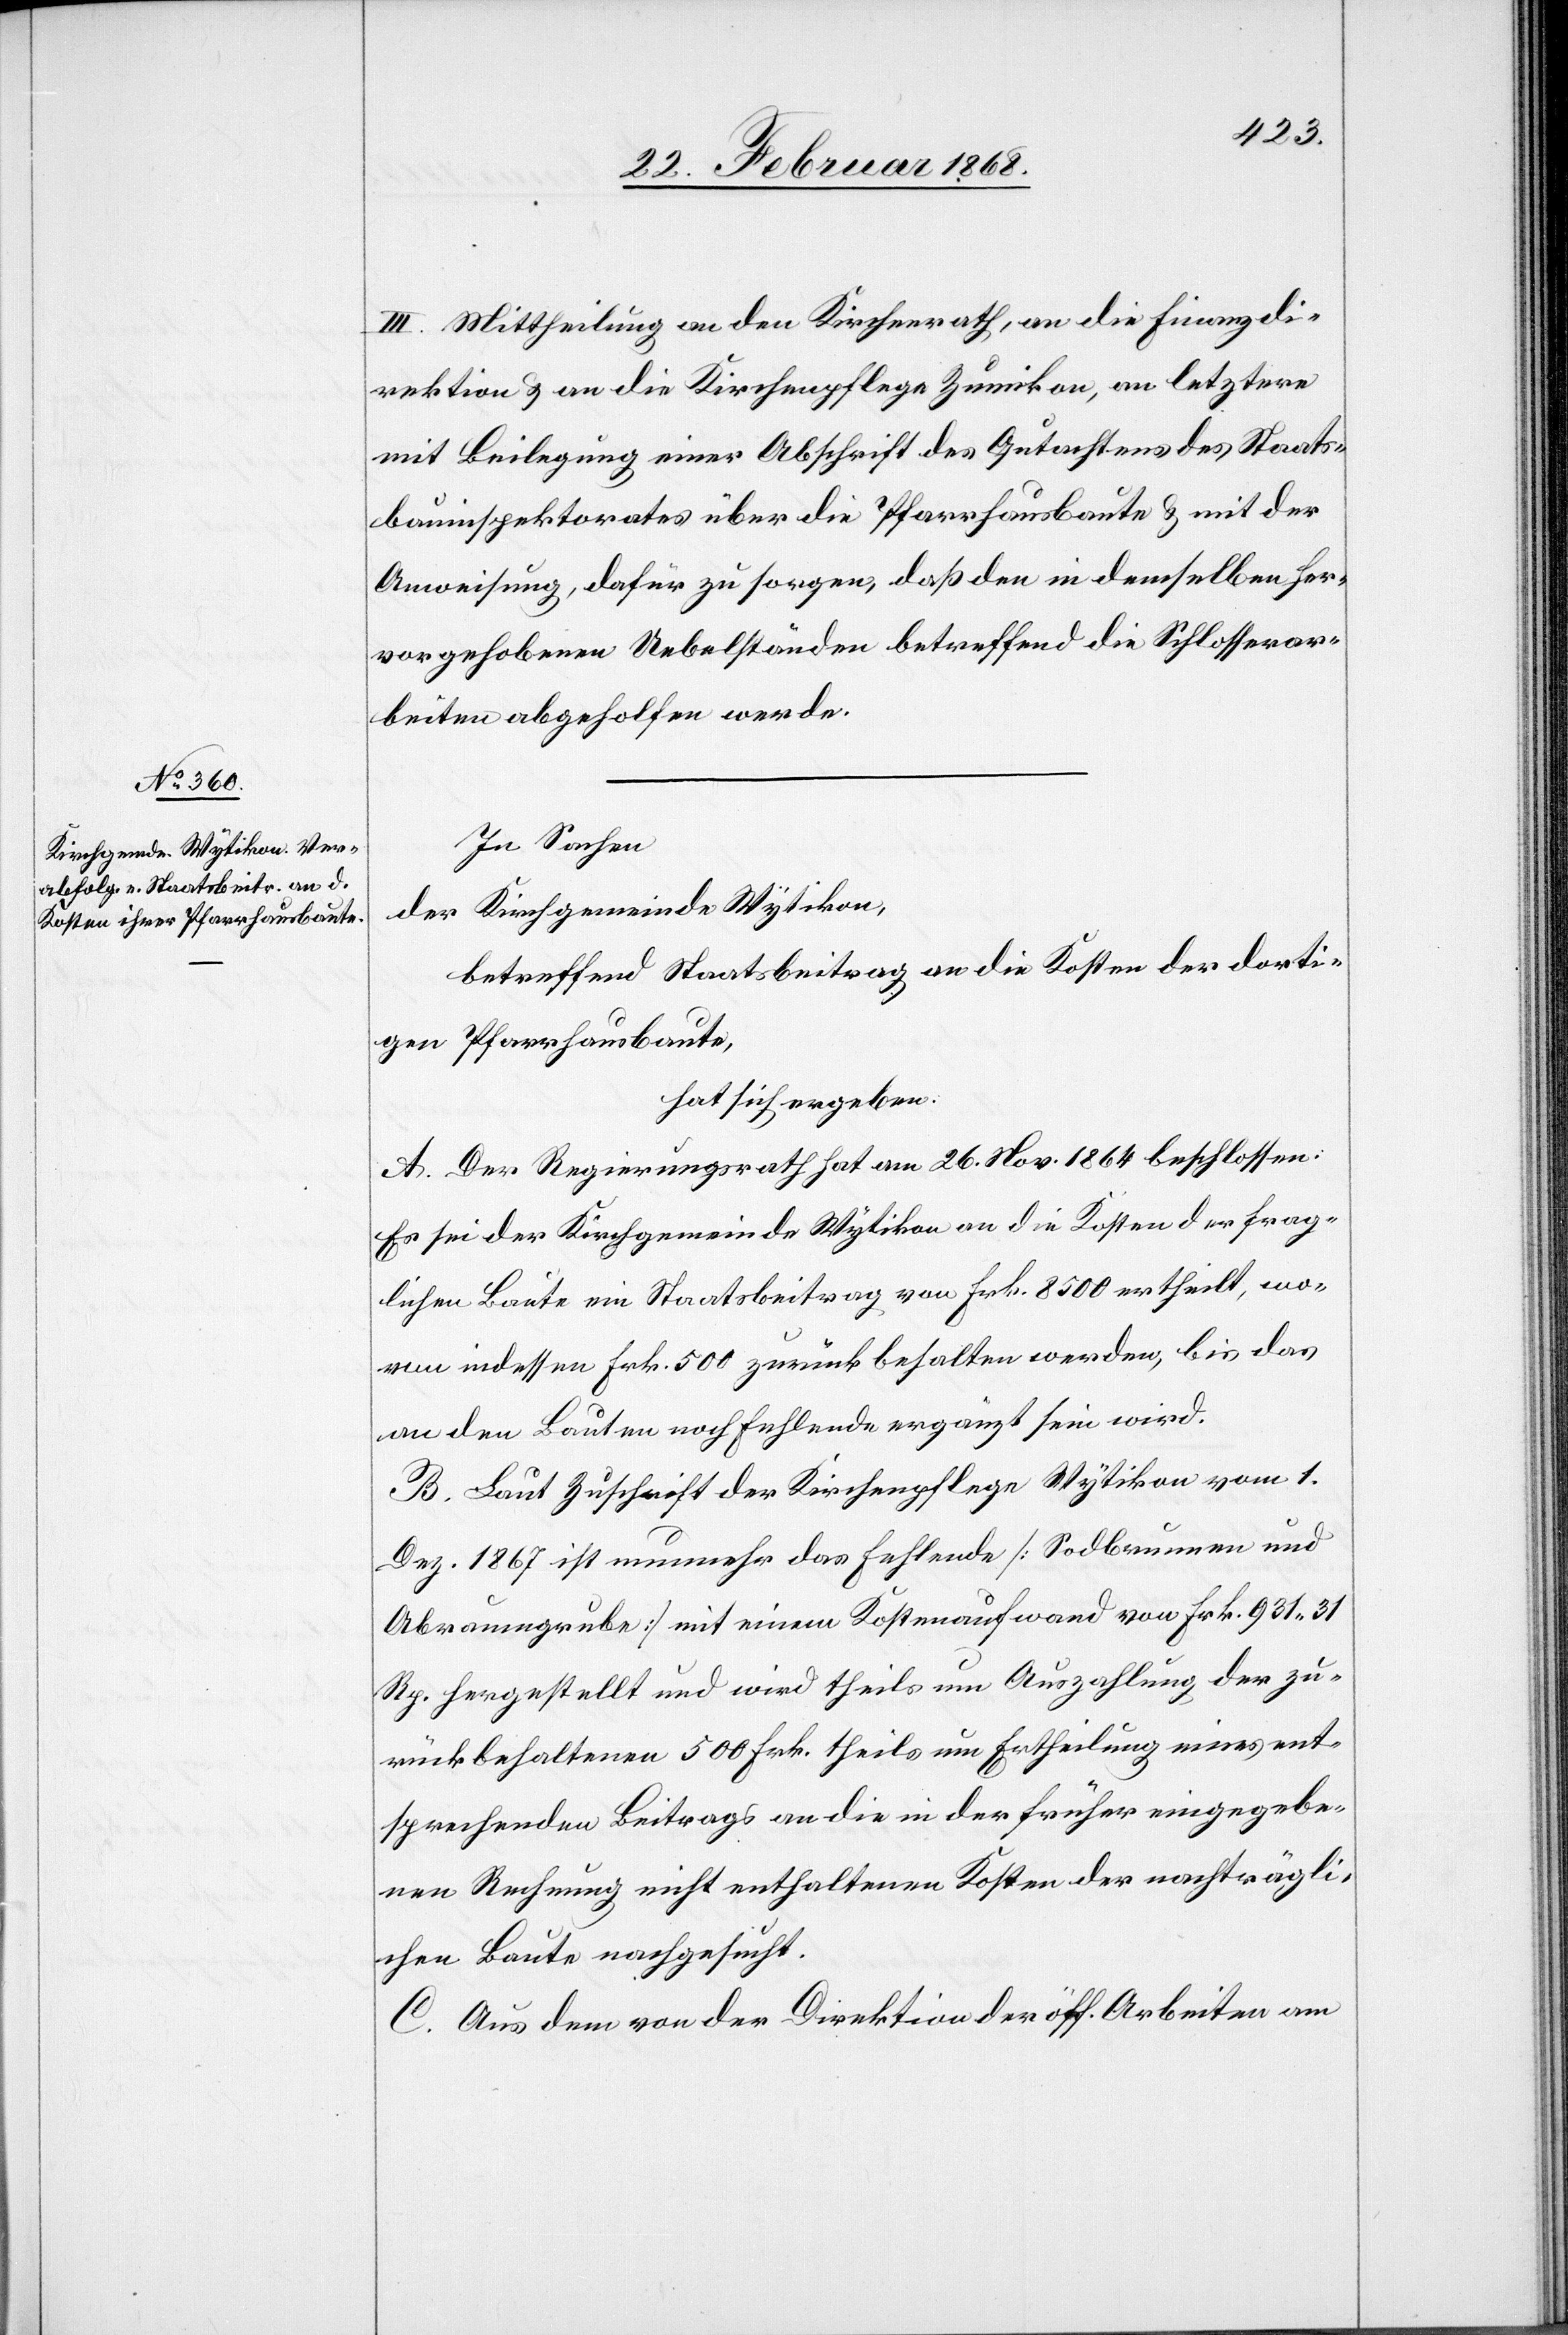
III. Mittheilung an den Kirchenrath, an die Finanzdi¬
rektion & an die Kirchenpflege Zumikon, an letztere
mit Beilegung einer Abschrift des Gutachtens des Staats¬
bauinspektorates über die Pfarrhausbaute & mit der
Anweisung, dafür zu sorgen, daß den in demselben her¬
vorgehobenen Uebelständen betreffend die Schlosserar¬
beiten abgeholfen werde.
In Sachen
der Kirchgemeinde Wytikon,
betreffend Staatsbeitrag an die Kosten der dorti¬
gen Pfarrhausbaute,
hat sich ergeben:
A. Der Regierungsrath hat am 26. Nov. 1864 beschlossen:
Es sei der Kirchgemeinde Wytikon an die Kosten der frag¬
lichen Baute ein Staatsbeitrag von Frk. 8500 ertheilt, wo¬
von indessen Frk. 500 zurück behalten werden, bis das
an den Bauten noch Fehlende ergänzt sein wird.
B. Laut Zuschrift der Kirchenpflege Wytikon vom 1.
Dez. 1867 ist nunmehr das Fehlende [Sodbrunnen und
Abraumgrube] mit einem Kostenaufwand von Frk. 931. 31
Rp. hergestellt und wird theils um Auszahlung der zu¬
rückbehaltenen 500 Frk. theils um Ertheilung eines ent¬
sprechenden Beitrags an die in der früher eingegebe¬
nen Rechnung nicht enthaltenen Kosten der nachträgli¬
chen Baute nachgesucht.
C. Aus dem von der Direktion der öff. Arbeiten am